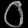
Digit: ၀